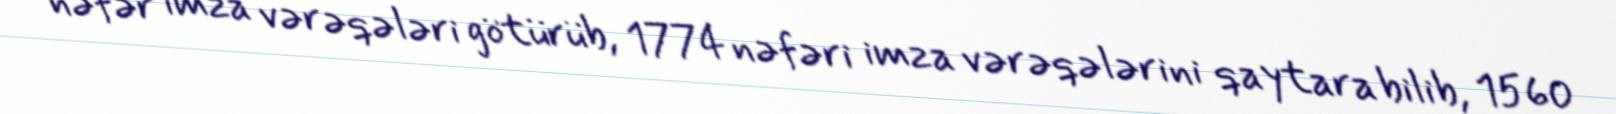
nəfər imza vərəqələri götürüb, 1774 nəfəri imza vərəqələrini qaytara bilib, 1560